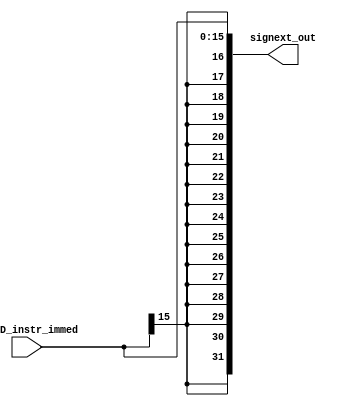
// Sign extender 16 to 32 bits

module S_EXTEND(IF_ID_instr_immed, signext_out);
  input [15:0] IF_ID_instr_immed;
  output [31:0] signext_out;

  // Repeat most significant bit to pad
  assign signext_out = { {16{IF_ID_instr_immed[15]}}, IF_ID_instr_immed};

endmodule